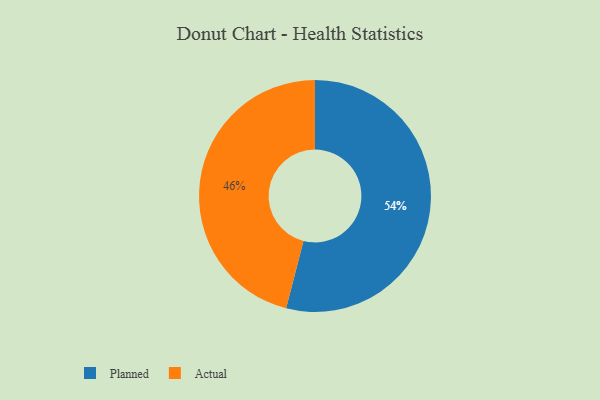
{"axis": {"x": "Category", "y": "Percentage"}, "legend": ["Actual", "Planned"], "data": [{"x": "Planned", "y": 54, "type": "Planned"}, {"x": "Actual", "y": 46, "type": "Actual"}]}